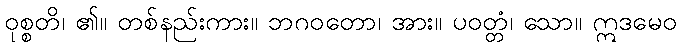
ဝုစ္စတိ၊ ၏။ တစ်နည်းကား။ ဘဂဝတော၊ အား။ ပဝတ္တံ၊ သော။ ဣဒမေဝ